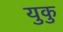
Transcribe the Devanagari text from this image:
युकु